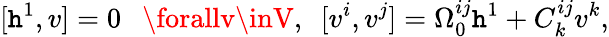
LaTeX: [\mathtt{h}^{1},v]=0\ \ \ \forallv\inV,\ \ [v^{i},v^{j}]=\Omega_{0}^{ij}\mathtt{h}^{1}+C_{k}^{ij}v^{k},